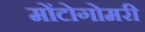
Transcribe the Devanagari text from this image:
मोंटोगोमरी